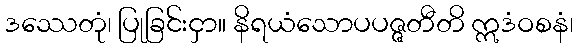
ဒဿေတုံ၊ ပြုခြင်းငှာ။ နိရယံသောပပဇ္ဇတီတိ ဣဒံဝစနံ၊